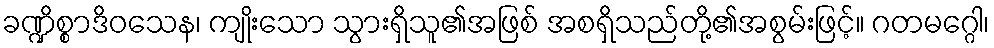
ခဏ္ဍိစ္စာဒိဝသေန၊ ကျိုးသော သွားရှိသူ၏အဖြစ် အစရှိသည်တို့၏အစွမ်းဖြင့်။ ဂတမဂ္ဂေါ၊